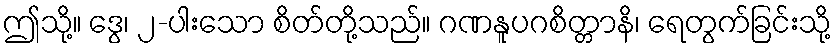
ဤသို့။ ဒွေ၊ ၂-ပါးသော စိတ်တို့သည်။ ဂဏနူပဂစိတ္တာနိ၊ ရေတွက်ခြင်းသို့